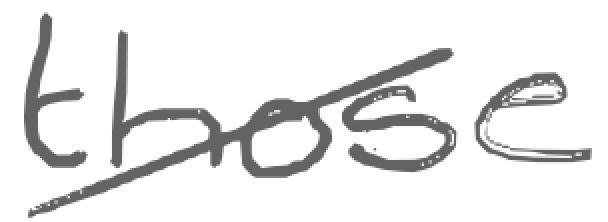
Text: those
Cross-out: diagonal
Writing tool: digital_gray